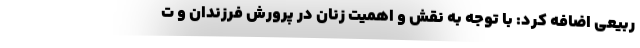
ربیعی اضافه کرد: با توجه به نقش و اهمیت زنان در پرورش فرزندان و ت